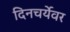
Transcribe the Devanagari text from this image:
दिनचर्येवर